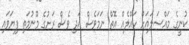
ކުނީގެ މައްސަލައަށް ހައްލެއް އޮތް ނަމަވެސް އަދި ވެސް ރަށުގެ މޫނުމަތި ފިޔަވައި